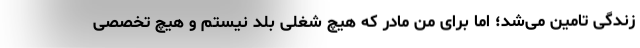
زندگی تامین می‌شد؛ اما برای من مادر که هیچ شغلی بلد نیستم و هیچ تخصصی